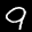
Label: 9